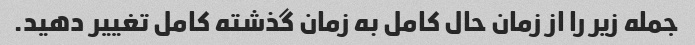
جمله زیر را از زمان حال کامل به زمان گذشته کامل تغییر دهید.